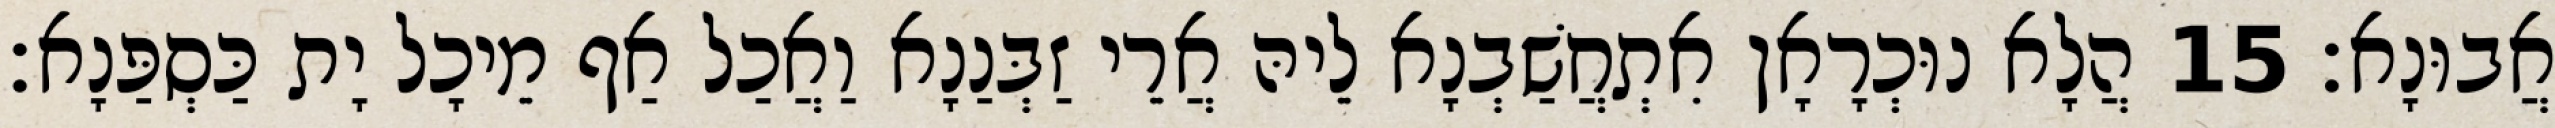
אֲבוּנָא׃ 15 הֲלָא נוּכְרָאָן אִתְחֲשַׁבְנָא לֵיהּ אֲרֵי זַבְּנַנָא וַאֲכַל אַף מֵיכָל יָת כַּסְפַּנָא׃